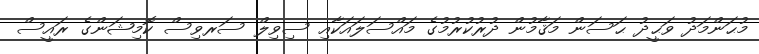
މުޙަންމަދު ވަޙީދު ޙަސަން މަޤާމުން ދުރުކުރުމުގެ މައްސަލައަކާއި ސިވިލް ސަރވިސް ކޮމިޝަންގެ ރައީސް